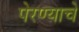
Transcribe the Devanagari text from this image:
पेरण्याचे